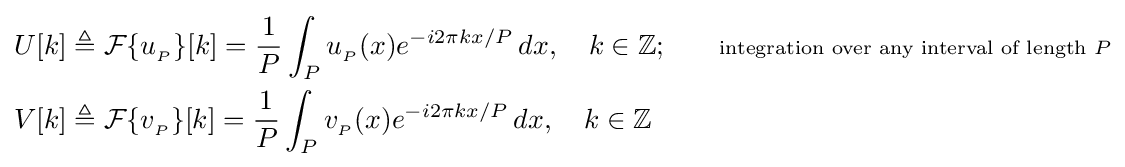
{\begin{aligned}U[k]&\triangleq {\mathcal {F}}\{u_{_{P}}\}[k]={\frac {1}{P}}\int _{P}u_{_{P}}(x)e^{-i2\pi kx/P}\,dx,\quad k\in \mathbb {Z} ;\quad \quad \scriptstyle {\text{integration over any interval of length }}P\\V[k]&\triangleq {\mathcal {F}}\{v_{_{P}}\}[k]={\frac {1}{P}}\int _{P}v_{_{P}}(x)e^{-i2\pi kx/P}\,dx,\quad k\in \mathbb {Z} \end{aligned}}